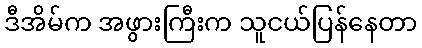
ဒီအိမ်က အဖွားကြီးက သူငယ်ပြန်နေတာ